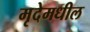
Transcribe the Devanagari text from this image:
मृदेमधील